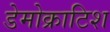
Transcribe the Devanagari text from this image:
डेमोक्राटिश